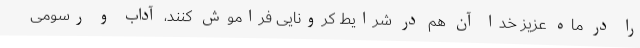
را در ماه عزیز خدا آن هم در شرایط کرونایی فراموش کنند، آداب و رسومی